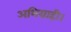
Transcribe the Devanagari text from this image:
अभिग्राही।